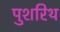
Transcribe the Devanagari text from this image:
पुशरिथ